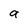
Character: a